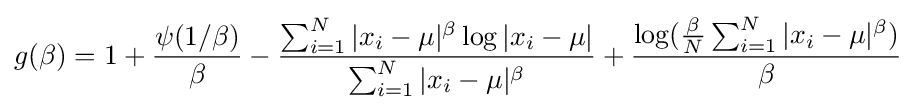
g(\beta )=1+{\frac {\psi (1/\beta )}{\beta }}-{\frac {\sum _{i=1}^{N}|x_{i}-\mu |^{\beta }\log |x_{i}-\mu |}{\sum _{i=1}^{N}|x_{i}-\mu |^{\beta }}}+{\frac {\log({\frac {\beta }{N}}\sum _{i=1}^{N}|x_{i}-\mu |^{\beta })}{\beta }}